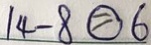
1 4 - 8 \textcircled { = } 6